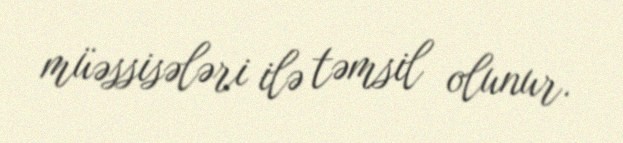
müəssisələri ilə təmsil olunur.